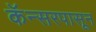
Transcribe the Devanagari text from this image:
कॅन्सरपासून